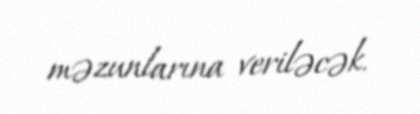
məzunlarına veriləcək.